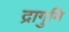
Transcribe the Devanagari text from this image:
द्रागुमि